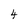
Character: 4